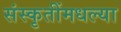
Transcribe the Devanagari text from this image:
संस्कृतींमधल्या